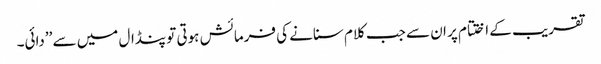
تقریب کے اختتام پر ان سے جب کلام سنانے کی فرمائش ہوتی تو پنڈال میں سے ’’دائی۔